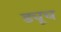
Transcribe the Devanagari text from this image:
ड्यूच